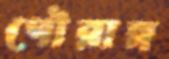
গৌরাঙ্গ